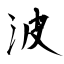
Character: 波